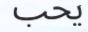
يحب